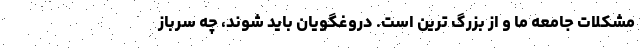
مشکلات جامعه ما و از بزرگ ترین است. دروغگویان باید شوند، چه سرباز